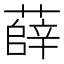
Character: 薛